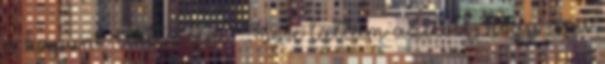
a kapunk előtt állni? Sose láttam azelőtt, hogy apa